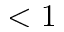
< 1